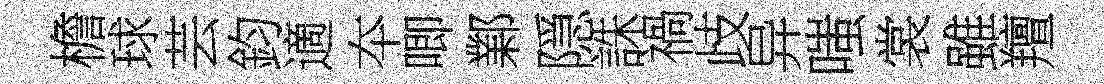
檐球芸鈞適夲唧鄴隠誅禍歧异嗤裳雖羶